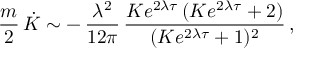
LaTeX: \frac { m } { 2 } \, \dot { K } \sim - \, \frac { \lambda ^ { 2 } } { 1 2 \pi } \, \frac { K e ^ { 2 \lambda \tau } \, ( K e ^ { 2 \lambda \tau } + 2 ) } { ( K e ^ { 2 \lambda \tau } + 1 ) ^ { 2 } } \, ,